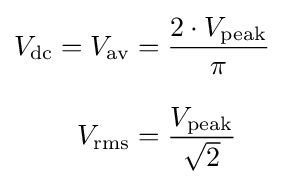
{\begin{aligned}V_{\mathrm {dc} }=V_{\mathrm {av} }&={\frac {2\cdot V_{\mathrm {peak} }}{\pi }}\\[8pt]V_{\mathrm {rms} }&={\frac {V_{\mathrm {peak} }}{\sqrt {2}}}\end{aligned}}